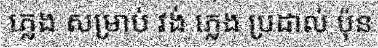
ភ្លេង សម្រាប់ វង់ ភ្លេង ប្រដាល់ ប៉ុន